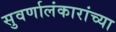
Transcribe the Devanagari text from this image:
सुवर्णालंकारांच्या